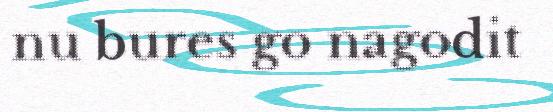
nu bures go nagodit